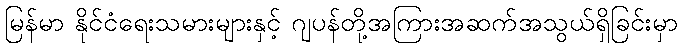
မြန်မာ နိုင်ငံရေးသမားများနှင့် ဂျပန်တို့အကြားအဆက်အသွယ်ရှိခြင်းမှာ